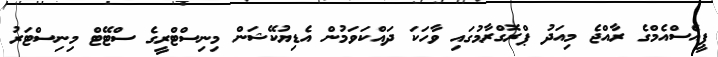
ޕީއެސްއެމްގެ ރާއްޖެ މިއަދު ޕްރޮގްރާމުގައި ވާހަކަ ދައްކަވަމުން އެޑިޔުކޭޝަން މިނިސްޓްރީގެ ސްޓޭޓް މިނިސްޓަރު